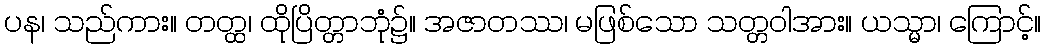
ပန၊ သည်ကား။ တတ္ထ၊ ထိုပြိတ္တာဘုံ၌။ အဇာတဿ၊ မဖြစ်သော သတ္တဝါအား။ ယသ္မာ၊ ကြောင့်။